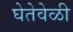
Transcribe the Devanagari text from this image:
घेतेवेळी